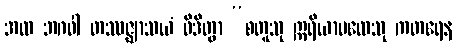
အထ ဘဂဝါ တဿဇ္ဈာသယံ ဝိဒိတွာ “စတူသု ဣရိယာပထေသု ကတရေန